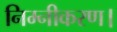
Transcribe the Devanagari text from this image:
निम्नीकरण।